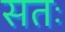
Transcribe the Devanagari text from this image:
सतः